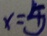
x = 5